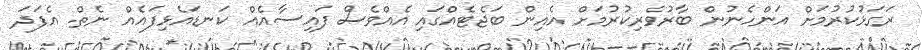
ރަގަޅުކުރުމަށް އަންހެނުން ބާރުވެރިކުރުމަށް އެއިން ބަޖެޓެއްގައި އެއްވެސް ފައިސާއެއް ކަނޑައެޅިފައެއް ނެތް. އެފަދަ